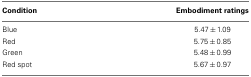
<table><thead><tr><td><b>Condition</b></td><td><b>Embodiment ratings</b></td></tr></thead><tbody><tr><td>Blue</td><td>5.47 ± 1.09</td></tr><tr><td>Red</td><td>5.75 ± 0.85</td></tr><tr><td>Green</td><td>5.48 ± 0.99</td></tr><tr><td>Red spot</td><td>5.67 ± 0.97</td></tr></tbody></table>